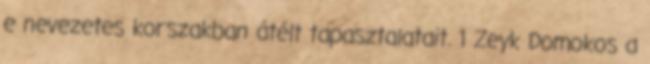
e nevezetes korszakban átélt tapasztalatait. 1 Zeyk Domokos a